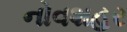
નોવશહર